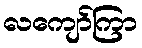
လကျော်ကြာ